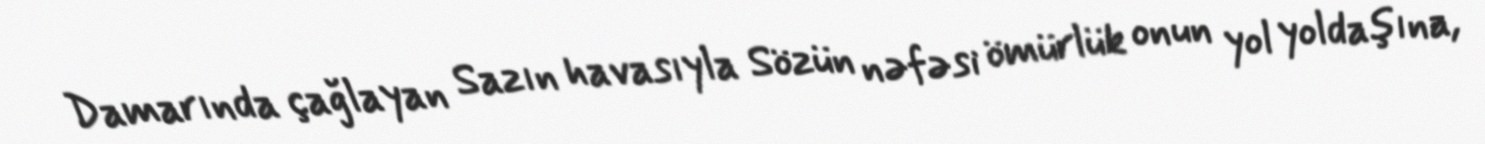
Damarında çağlayan Sazın havasıyla Sözün nəfəsi ömürlük onun yol yoldaşına,